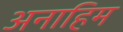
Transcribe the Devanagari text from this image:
अनाहिम